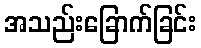
အသည်းခြောက်ခြင်း